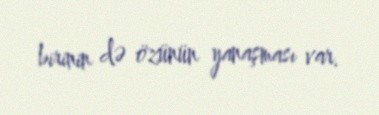
birinin də özünün yanaşması var.